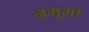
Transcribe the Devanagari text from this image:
नमूमों